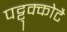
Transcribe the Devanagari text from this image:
पट्टुक्कोटै